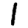
Digit: 1